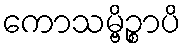
ကောသမ္ဗိဉ္စာပိ